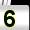
Digit: 5